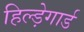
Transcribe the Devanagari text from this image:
हिल्ड़ेगार्ड